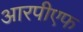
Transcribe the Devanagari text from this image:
आरपीएफ